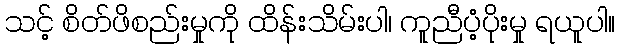
သင့် စိတ်ဖိစည်းမှုကို ထိန်းသိမ်းပါ၊ ကူညီပံ့ပိုးမှု ရယူပါ။